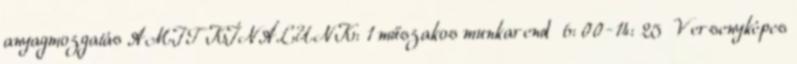
anyagmozgatás AMIT KÍNÁLUNK: 1 műszakos munkarend 6: 00-14: 25 Versenyképes